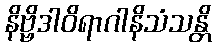
နိဗ္ဗိဒါဝိရာဂါနိသံသန္တိ